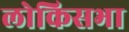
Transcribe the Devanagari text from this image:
लोकिसभा